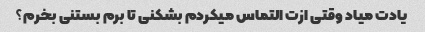
یادت میاد وقتی ازت التماس میکردم بشکنی تا برم بستنی بخرم؟